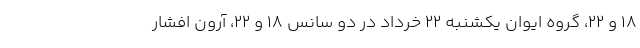
۱۸ و ۲۲، گروه ایوان یکشنبه ۲۲ خرداد در دو سانس ۱۸ و ۲۲، آرون افشار